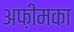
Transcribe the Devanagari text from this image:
अफ़ीमका